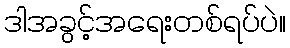
ဒါအခွင့်အရေးတစ်ရပ်ပဲ။